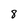
Character: 8